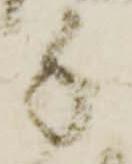
手